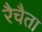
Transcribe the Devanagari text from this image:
रैचैता